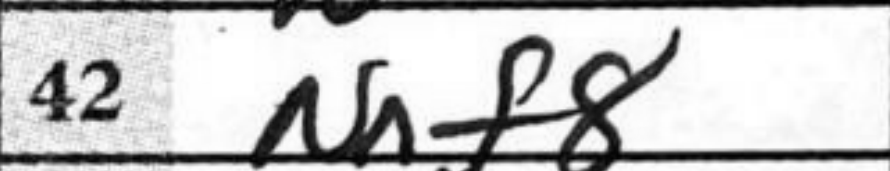
Transcription: Nf8